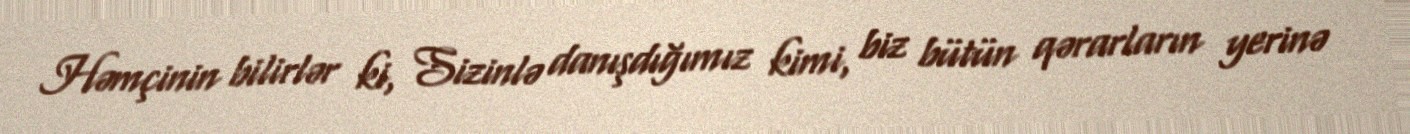
Həmçinin bilirlər ki, Sizinlə danışdığımız kimi, biz bütün qərarların yerinə